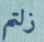
زلتم